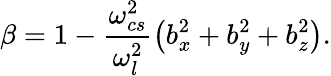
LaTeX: \beta=1-\frac{\omega_{cs}^{2}}{\omega_{l}^{2}}\left(b_{x}^{2}+b_{y}^{2}+b_{z}^{2}\right).